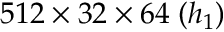
5 1 2 \times 3 2 \times 6 4 \; ( h _ { 1 } )